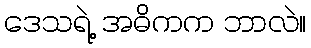
ဒေသရဲ့ အဓိကက ဘာလဲ။